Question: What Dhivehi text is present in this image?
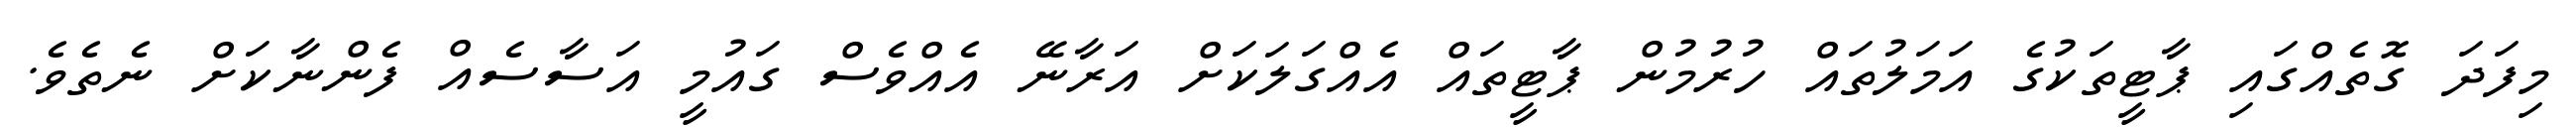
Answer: މިފަދަ ގޮތެއްގައި ޕާޓީތަކުގެ އަމަލުތައް ހުރުމުން ޕާޓީތައް އެއްގަލަކަށް އަރާނޭ އެއްވެސް ގައުމީ އަސާސެއް ފެންނާކަށް ނެތެވެ.